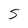
Character: 5